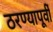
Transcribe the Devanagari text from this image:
ठरण्यापूर्वी